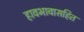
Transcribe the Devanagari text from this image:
हावभावासहित